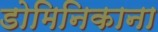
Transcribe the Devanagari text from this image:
डोमिनिकाना